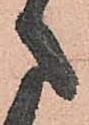
さ